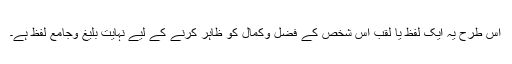
اس طرح یہ ایک لفظ یا لقب اس شخص کے فضل وکمال کو ظاہر کرنے کے لیے نہایت بلیغ وجامع لفظ ہے۔